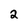
Character: 2